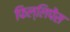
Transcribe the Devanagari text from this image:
फिल्लिपेंस